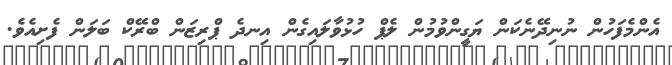
އެންމެފަހުން ނުނިދޭނެކަން ޔަގީންވުމުން ލެޕް ހުޅުވާލައިގެން އިނދެ ޕްރިޒަން ބްރޭކް ބަލަން ފެށިއެވެ.